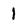
Character: 1